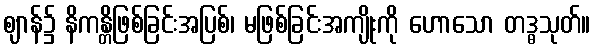
ဈာန်၌ နိကန္တိဖြစ်ခြင်းအပြစ်၊ မဖြစ်ခြင်းအကျိုးကို ဟောသော တဒ္ဓသုတ်။